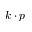
k \cdot p